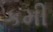
કમી